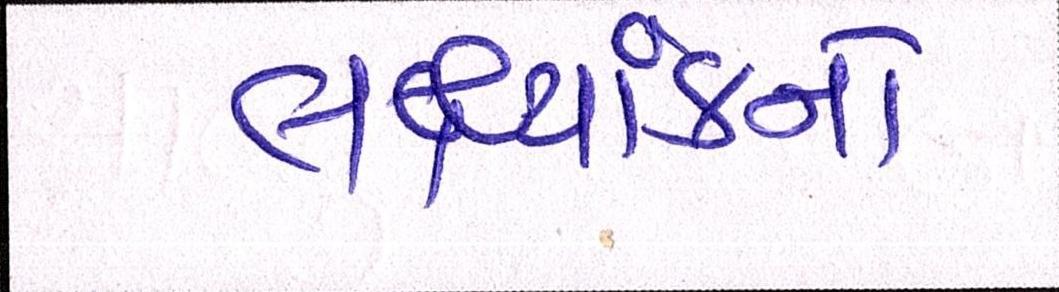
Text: લક્ષ્યાંકનો